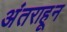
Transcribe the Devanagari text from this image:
अंतराहून